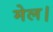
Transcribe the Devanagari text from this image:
मेल।